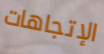
الإتجاهات